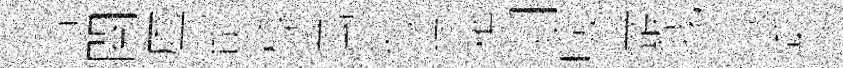
古閱虚邰椁萬茆道糴剡噞叢我心乘